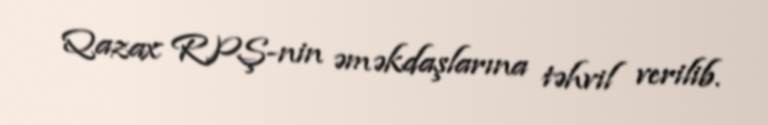
Qazax RPŞ-nin əməkdaşlarına təhvil verilib.